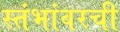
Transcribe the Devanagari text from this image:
स्तंभांवरची